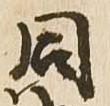
同